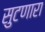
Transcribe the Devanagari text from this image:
सुटणारा